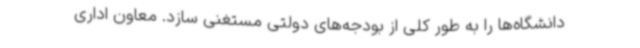
دانشگاه‌ها را به طور کلی از بودجه‌های دولتی مستغنی سازد. معاون اداری